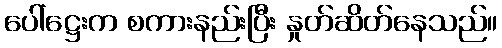
ပေါ်ဋ္ဌေးက စကားနည်းပြီး နှုတ်ဆိတ်နေသည်။